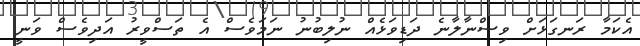
އެކަމާ ރަނގަޅަށް ވިސްނާލާނެ ދަޑިވަޅެއް ނުލިބުނު ނަމަވެސް އެ ތަސްވީރު އަދިވެސް ވަނީ